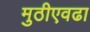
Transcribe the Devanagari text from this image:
मुठीएवढा